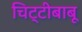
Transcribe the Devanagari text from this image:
चिट्टीबाबू